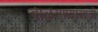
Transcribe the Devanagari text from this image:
बाळगण्यासाठी